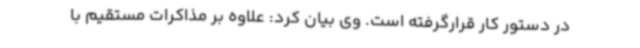
در دستور کار قرارگرفته است. وی بیان کرد: علاوه بر مذاکرات مستقیم با